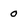
Character: o